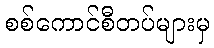
စစ်ကောင်စီတပ်များမှ